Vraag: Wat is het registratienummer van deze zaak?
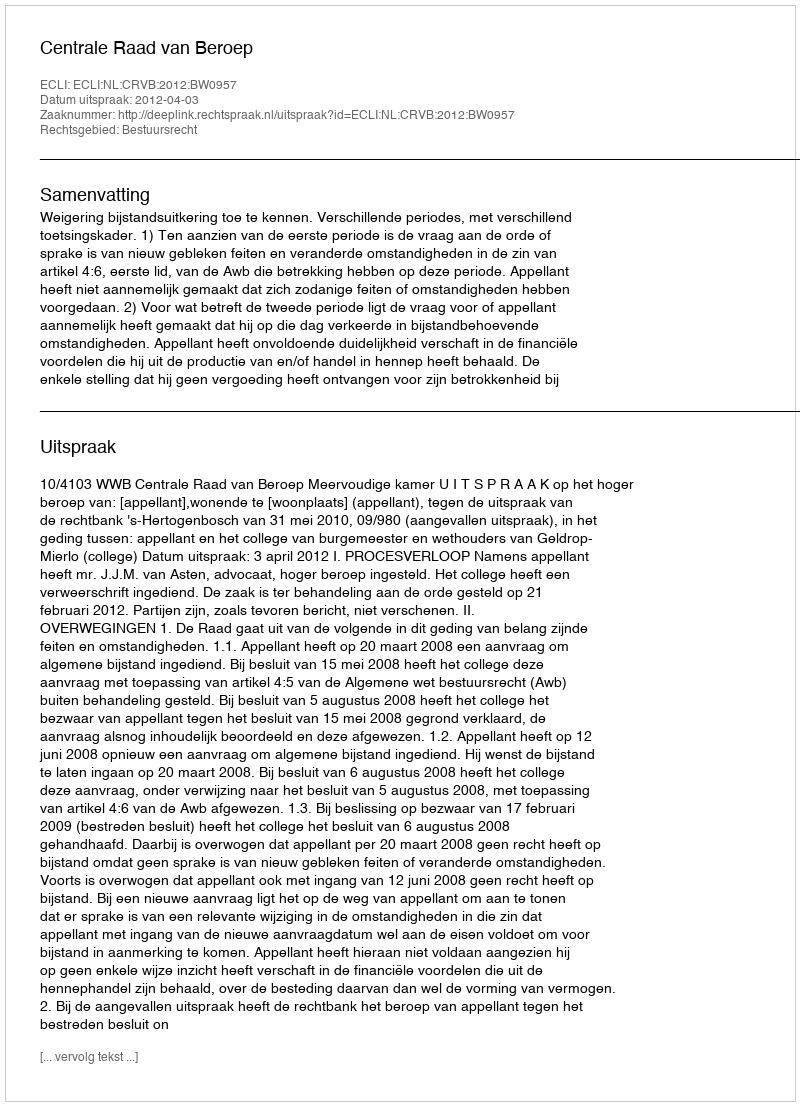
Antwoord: http://deeplink.rechtspraak.nl/uitspraak?id=ECLI:NL:CRVB:2012:BW0957